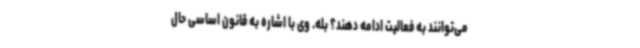
می‌توانند به فعالیت ادامه دهند؟ بله. وی با اشاره به قانون اساسی حال